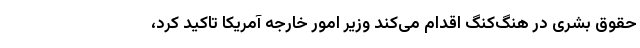
حقوق بشری در هنگ‌کنگ اقدام می‌کند وزیر امور خارجه آمریکا تاکید کرد،